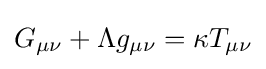
G_{\mu \nu }+\Lambda g_{\mu \nu }=\kappa T_{\mu \nu }